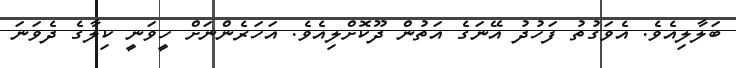
ބަލާލިއެވެ. އެވަގުތު ފަހުދު އޭނަގެ އަތުން ދޫކޮށްލިއެވެ. އަހަރެންނަށް ހީވަނީ ކިލާގެ ދެވަނަ